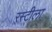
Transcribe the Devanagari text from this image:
रस्टीला